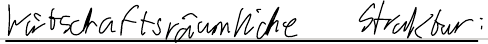
Wirtschaftsräumliche Struktur: